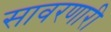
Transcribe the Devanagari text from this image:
सावरणारी